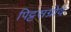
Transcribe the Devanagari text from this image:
पिट्टसग्रोव